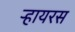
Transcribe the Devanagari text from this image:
ऱ्हायरस